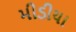
મીડીયા